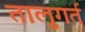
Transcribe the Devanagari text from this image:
तालुगर्त